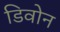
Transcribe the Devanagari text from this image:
डिवोन